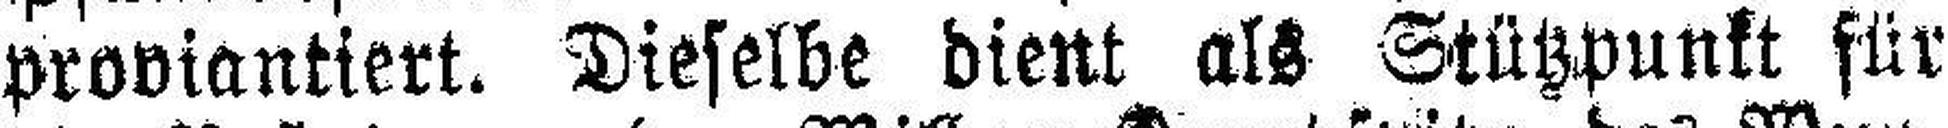
proviantiert. Dieselbe dient als Stützpunkt für